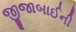
જીજાબાઈની